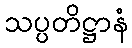
သပ္ပတိဋ္ဌာနံ